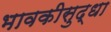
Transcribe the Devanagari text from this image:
भावकीसुद्धा